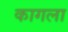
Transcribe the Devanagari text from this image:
कागला